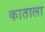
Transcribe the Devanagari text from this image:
काताला